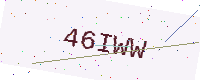
Text: 46IWW